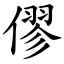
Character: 僇